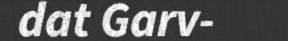
dat Garv-